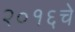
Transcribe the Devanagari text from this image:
२०१६चे